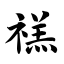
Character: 禚